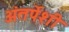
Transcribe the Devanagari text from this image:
अंतर्पेशी